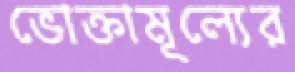
ভোক্তামূল্যের